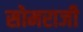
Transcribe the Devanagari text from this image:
सोमराजी